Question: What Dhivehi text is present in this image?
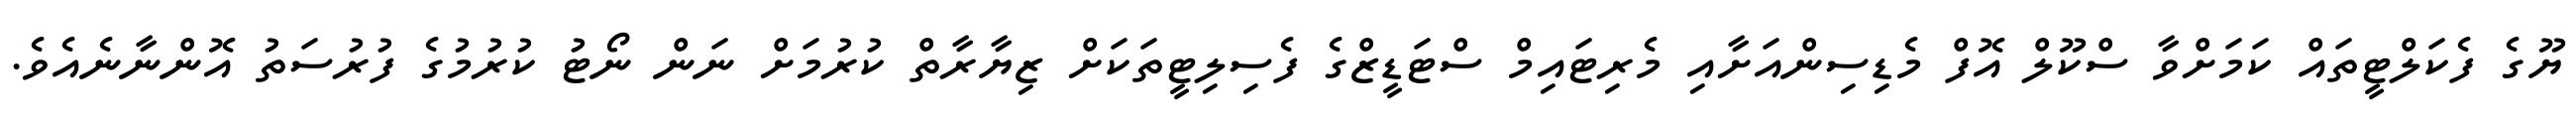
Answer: ޔޫގެ ފެކަލްޓީތައް ކަމަށްވާ ސްކޫލް އޮފް މެޑިސިންއަށާއި މެރިޓައިމް ސްޓަޑީޒްގެ ފެސިލިޓީތަކަށް ޒިޔާރާތް ކުރުމަށް ނަން ނޯޓު ކުރުމުގެ ފުރުސަތު އޮންނާނެއެވެ.